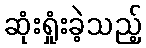
ဆုံးရှုံးခဲ့သည့်